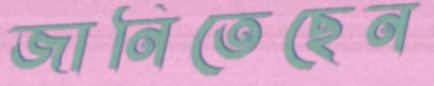
জানিতেছেন